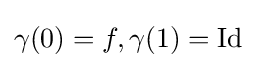
\gamma (0)=f,\gamma (1)=\mathrm {Id}